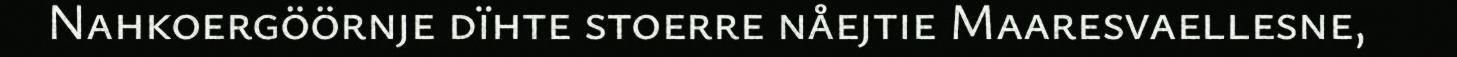
Nahkoergöörnje dïhte stoerre nåejtie Maaresvaellesne,